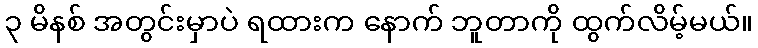
၃ မိနစ် အတွင်းမှာပဲ ရထားက နောက် ဘူတာကို ထွက်လိမ့်မယ်။